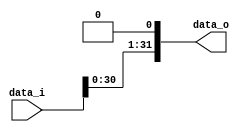
/***************************************************
Student Name:   (Lab5)
Student ID: 0816032 0816102
***************************************************/

`timescale 1ns/1ps

module Shift_Left_1(
    input  		[32-1:0] data_i,
    output wire [32-1:0] data_o
);
	
	assign data_o = data_i << 1;

endmodule